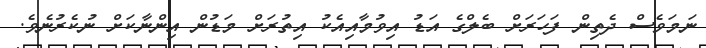
ނަމަވެސް ދެތިން ފަހަރަށް ބެލްގެ އަޑު އިވުމާއިއެކު އިތުރަށް މަޑުން އިންނާކަށް ނުކެރުނެވެ.